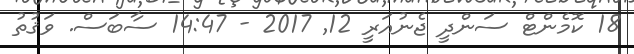
18 ކޮމެންޓް ސަންދީ ޖެނުއަރީ 12